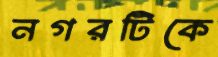
নগরটিকে